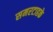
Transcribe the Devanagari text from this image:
समरटाहके